Report on vaccination in Madras 1904-1921 - 1904-1921
Year: 1904
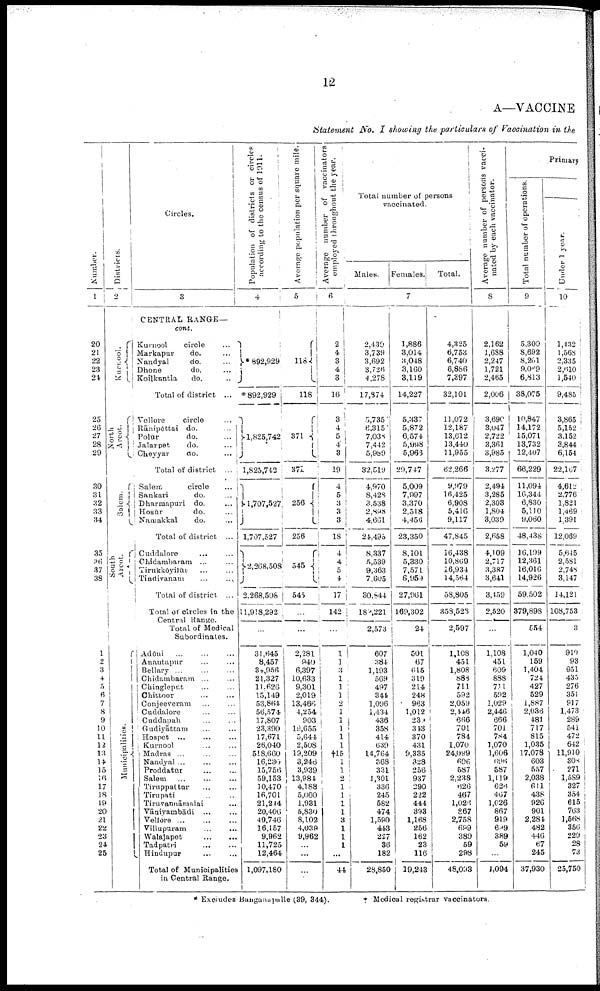
12
A—VACCINE
Statement No. I showing the particulars of Vaccination in the
Number.
1
20
21
22
23
24
25
26
27
28
29
30
31
32
33
34
35
36
37
38
1
2
3
4
5
6
7
8
9
10
11
12
13
14
15
16
17
18
19
20
21
22
23
24
25
Districts.
2
Kurnool.
North
Arcot.
Salem.
South
Arcot.
Municipalities.
Circles.
3
CENTRAL RANGE—
cont.
Kurnool
circle ...
Markapur
do. ...
Nandyal
do. ...
Dhone
do. ...
Koilkuntla
do. ...
Total of district ...
Vellore
circle ...
Rānipēttai do. ...
Polūr
do. ...
Jalarpet
do. ...
Cheyyar
do. ...
Total of district ...
Salem
circle ...
Sankari
do. ...
Dharmapuri do. ...
Hosūr
do. ...
Namakkal
do. …
Total of district ...
Cuddalore
…
…
Chidambaram ... …
Tirukkōyilūr … …
Tindivanam … …
Total of district. ...
Total of circles in the
Central Range.
Total of Medical
Subordinates.
Adōni
…
…
…
Anautapur … …
Bellary ... … …
Chidambaram ... …
Chingleput … …
Chittoor … …
Conjeeveram … …
Cuddalore … …
Cuddapah ……
Gudiyāttam ... ...
Hospet ... ... ...
Kurnool ... ...
Madras ... ... ...
Nandyal ... ... ...
Proddatūr ... ...
Salem ... ... ...
Tiruppattur ... ...
Tirupati ... ...
Tiruvannāmalai ...
Vāniyambādi ... ...
Vellore ... ... ...
Villupuram ... ...
Walajapet ... ...
Tadpatri ... ...
Hindupur ... ...
Total of Municipalities
in Central Range.
Population of districts or circles
according to the census of 1911.
4
* 892,929
*892,929
1,825,742
1,825,742
1,707,527
1,707,527
2,268,508
2,268,508
11,918,292
…
31,645
8,457
34,956
21,327
11,626
15,149
53,864
56,574
17,807
23,390
17,671
26,040
518,660
16,236
15,756
59,153
10,470
16,701
21,244
20,406
49,746
16,157
9,962
11,725
12,464
1,097,180
Average population per square mile.
5
118
118
371
371
256
256
545
545
…
2,281
940
6,397
10,633
9,301
2,019
13,466
4,254
903
19,655
5,644
2,508
19,209
3,248
3,939
13,981
4,188
5,000
1,931
5,830
8,102
4,039
9,962
...
...
...
Average number of vaccinators
employed throughout the year.
6
2
4
3
4
3
16
3
4
5
4
3
19
4
5
3
3
3
18
4
4
5
4
17
142
…
1
1
3
1
1
1
2
1
1
1
1
1
†15
1
1 2
1
1
1
1
3
1
1
1
...
44
Total number of persons
vaccinated.
Males.
Females.
Total.
7
2,439
3,739
3,692
3,726
4,278
17,874
5,735
6,315
7,038
7,442
5,989
32,519
4,970
8,428
3,538
2,898
4,661
24,495
8,337
8,539
9,363
7,605
30,844
182,221
2,573
607
384
1,193
569
497
341
1,096
1,434
436
358
414
639
14,764
368
331
1,301
336
245
582
474
1,590
443
227
36
182
28,850
1,886
3,014
3,048
3,160
3,119
14,227
5,337
5,872
6,574
5,998
5,963
29,747
5,009
7,997
3,370
2,518
4,456
23,350
8,101
5,330
7,571
6,959
27,961
169,302
24
501
67
615
319
214
248
963
1,012
230
343
370
431
9,335
328
256
937
290
222
444
393
1,168
256
162
23
116
19,243
4,325
6,753
6,740
6,886
7,397
32,101
11,072
12,187
13,612
13,440
11,955
62,266
9,979
16,425
6,908
5,416
9,117
47,845
16,438
10,869
16,934
14,564
58,805
353,523
2,597
1,108
451
1,808
883
711
592
2,059
2,446
666
701
784
1,070
24,099
696
587
2,238
626
467
1,026
867
2,758
699
389
59
298
48,093
Average number of persons vacci
nated by each vaccinator.
8
2,162
1,688
2,217
1,721
2,465
2,006
3,690
3,047
2,722
3,361
3,985
3,277
2,494
3,285
2,303
1,804
3,039
2,658
4,109
2,717
3,387
3,641
3,459
2,520
…
1,108
451
609
888
771
592
1,029
2,446
666
701
784
1,070
1,606
696
587
1,119
628
467
1,026
867
919
699
389
59
...
1,094
Primary
Total number of operations.
9
5,300
8,692
8,261
9,069
6,813
38,075
10,847
14,172
15,071
13,732
12,407
66,229
11,094
16,344
6,830
5,110
9,060
48,438
16,199
12,361
16,016
14,926
59,502
379,898
554
1,040
159
1,404
724
427
529
1,887
2,036
481
717
815
1,035
17,078
603
557
2,038
611
438
926
901
2,281
482
446
67
245
37,930
Under 1 year.
10
1,432
1,568
2,335
2,610
1,540
9,485
3,865
5,152
3,152
3,844
6,154
22,167
4,612
2,776
1,821
1,469
1,391
12,069
5,645
2,581
2,748
3,147
14,121
108,753
3
919
93
951
435
276
351
917
1,473
289
541
472
642
11,910
308
271
1,589
327
354
615
763
1,568
356
229
28
73
25,750
* Excludes Bunganuapalle (39, 344).
† Medical registrar vaccinators.